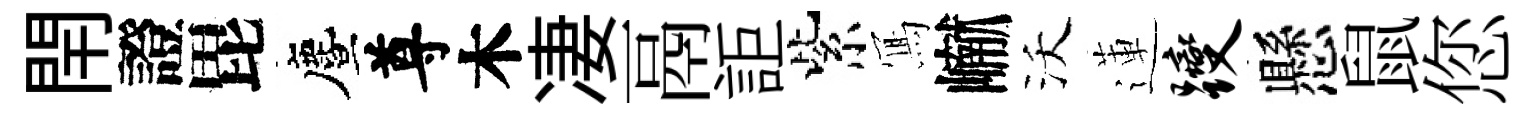
閈證毘󵨌尊木凄鬲詎紫𭂁𪩘沃蓮躞懸鼠您